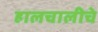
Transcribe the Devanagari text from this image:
हालचालीचे